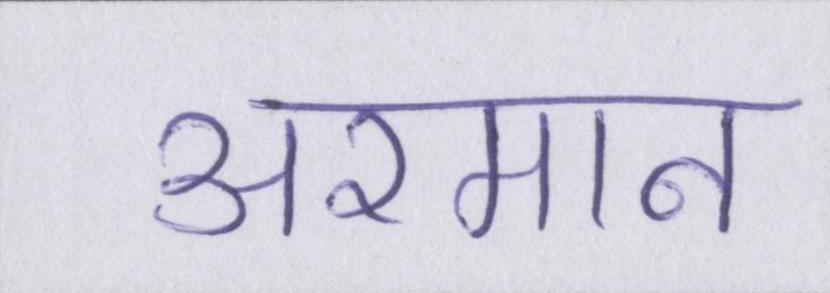
अरमान